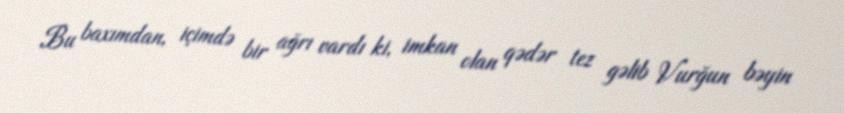
Bu baxımdan, içimdə bir ağrı vardı ki, imkan olan qədər tez gəlib Vurğun bəyin